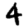
Digit: 4